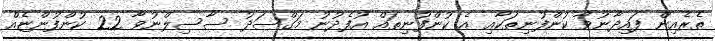
ތެރެއިން ފައިދާނުވާ ކުންފުނިތަކާއި އެ ކުންފުނިތައް އުފެދުނު މަގްސަދު ސާސިލްނުވާ 22 ކުންފުންޏެއް